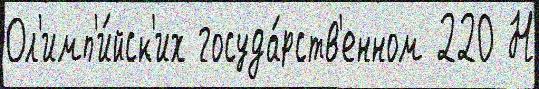
Ол'имп'и́йск'их госуда́рств'енном 220 Н